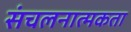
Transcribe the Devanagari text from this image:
संचलनात्मकता